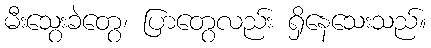
မီးသွေးခဲတွေ၊ ပြာတွေလည်း ရှိနေသေးသည်။